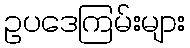
ဥပဒေကြမ်းများ